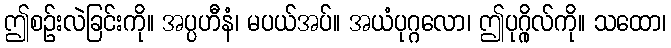
ဤစဉ်းလဲခြင်းကို။ အပ္ပဟီနံ၊ မပယ်အပ်။ အယံပုဂ္ဂလော၊ ဤပုဂ္ဂိုလ်ကို။ သထော၊